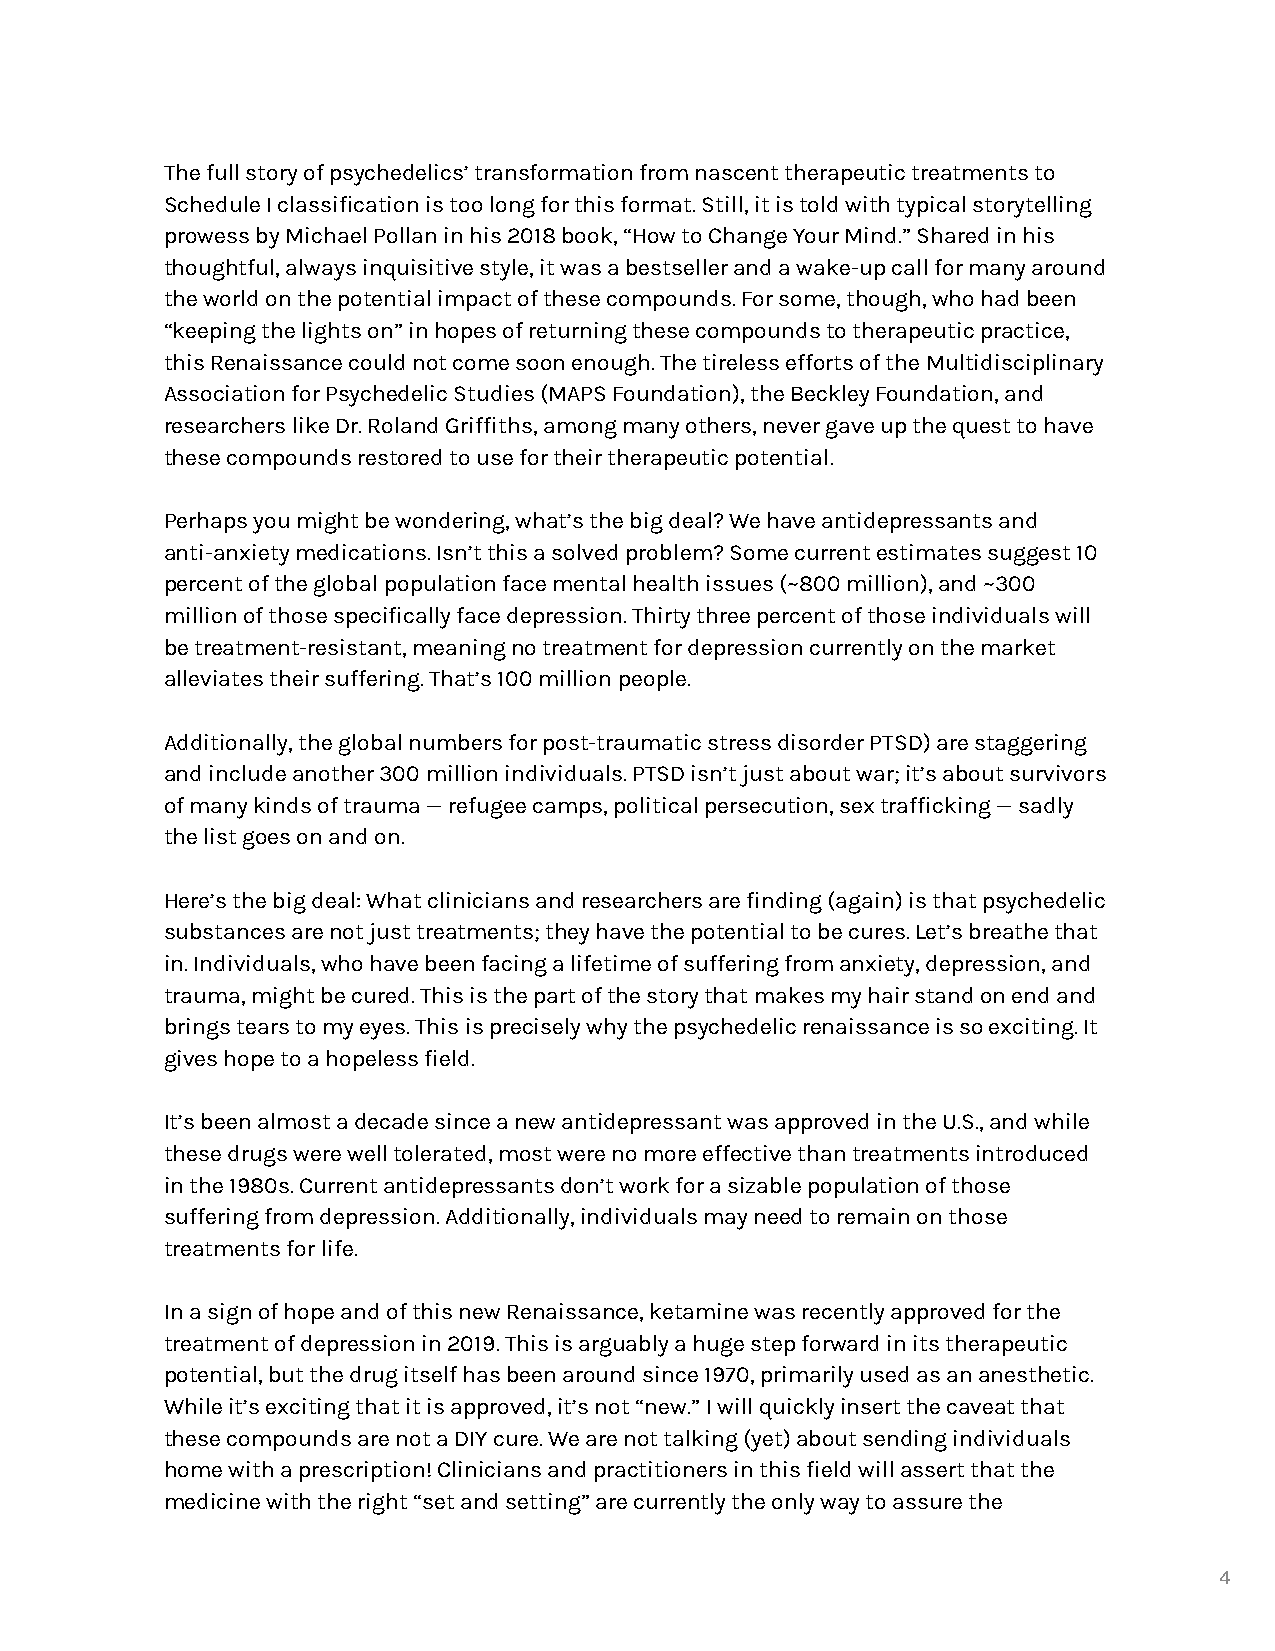
The full story of psychedelics’ transformation from nascent therapeutic treatments to
 Schedule I classification is too long for this format. Still, it is told with typical storytelling
 prowess by Michael Pollan in his 2018 book, “How to Change Your Mind.” Shared in his
 thoughtful, always inquisitive style, it was a bestseller and a wake-up call for many around
 the world on the potential impact of these compounds. For some, though, who had been
 “keeping the lights on” in hopes of returning these compounds to therapeutic practice,
 this Renaissance could not come soon enough. The tireless efforts of the Multidisciplinary
 Association for Psychedelic Studies (MAPS Foundation), the Beckley Foundation, and
 researchers like Dr. Roland Griffiths, among many others, never gave up the quest to have
 these compounds restored to use for their therapeutic potential.
 Perhaps you might be wondering, what’s the big deal? We have antidepressants and
 anti-anxiety medications. Isn’t this a solved problem? Some current estimates suggest 10
 percent of the global population face mental health issues (~800 million), and ~300
 million of those specifically face depression. Thirty three percent of those individuals will
 be treatment-resistant, meaning no treatment for depression currently on the market
 alleviates their suffering. That’s 100 million people.
 Additionally, the global numbers for post-traumatic stress disorder PTSD) are staggering
 and include another 300 million individuals. PTSD isn’t just about war; it’s about survivors
 of many kinds of trauma — refugee camps, political persecution, sex trafficking — sadly
 the list goes on and on.
 Here’s the big deal: What clinicians and researchers are finding (again) is that psychedelic
 substances are not just treatments; they have the potential to be cures. Let’s breathe that
 in. Individuals, who have been facing a lifetime of suffering from anxiety, depression, and
 trauma, might be cured. This is the part of the story that makes my hair stand on end and
 brings tears to my eyes. This is precisely why the psychedelic renaissance is so exciting. It
 gives hope to a hopeless field.
 It’s been almost a decade since a new antidepressant was approved in the U.S., and while
 these drugs were well tolerated, most were no more effective than treatments introduced
 in the 1980s. Current antidepressants don’t work for a sizable population of those
 suffering from depression. Additionally, individuals may need to remain on those
 treatments for life.
 In a sign of hope and of this new Renaissance, ketamine was recently approved for the
 treatment of depression in 2019. This is arguably a huge step forward in its therapeutic
 potential, but the drug itself has been around since 1970, primarily used as an anesthetic.
 While it’s exciting that it is approved, it’s not “new.” I will quickly insert the caveat that
 these compounds are not a DIY cure. We are not talking (yet) about sending individuals
 home with a prescription! Clinicians and practitioners in this field will assert that the
 medicine with the right “set and setting” are currently the only way to assure the
 4